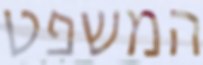
המשפט